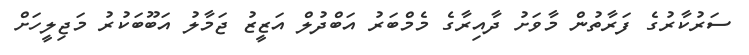
ސަރުކާރުގެ ފަރާތުން މާވަށު ދާއިރާގެ މެމްބަރު އަބްދުލް އަޒީޒު ޖަމާލު އަބޫބަކުރު މަޖިލީހަށް